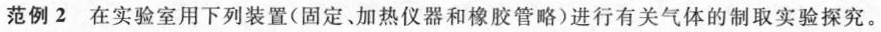
范例2在实验室用下列装置(固定、加热仪器和橡胶管略)进行有关气体的制取实验探究。